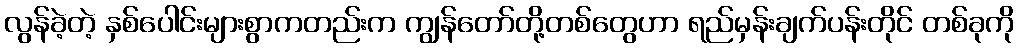
လွန်ခဲ့တဲ့ နှစ်ပေါင်းများစွာကတည်းက ကျွန်တော်တို့တစ်တွေဟာ ရည်မှန်းချက်ပန်းတိုင် တစ်ခုကို